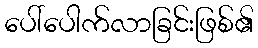
ပေါ်ပေါက်လာခြင်းဖြစ်၏